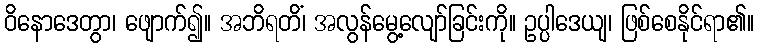
ဝိနောဒေတွာ၊ ဖျောက်၍။ အဘိရတိံ၊ အလွန်မွေ့လျော်ခြင်းကို။ ဥပ္ပါဒေယျ၊ ဖြစ်စေနိုင်ရာ၏။